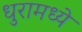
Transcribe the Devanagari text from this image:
धुरामध्ये